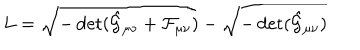
L = \sqrt { - \det ( \hat { \cal G } _ { \mu \nu } + { \cal F } _ { \mu \nu } ) } - \sqrt { - \det ( \hat { \cal G } _ { \mu \nu } ) }